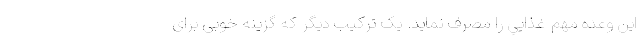
اين وعده مهم غذايي را مصرف نمايد. یک ترکیب دیگر که گزینه خوبی برای